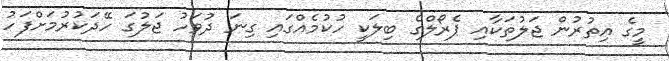
މީގެ އިތުރުން ޖަލުތަކާއި ޕެރޯލްގެ ބިލަކީ ހުކުމެއްގައި ގިނަ ދުވަހު ޖަލުގަ ހޭދަކުރުމަށްފަހު